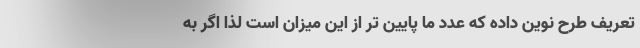
تعریف طرح نوین ‌داده که عدد ما پایین تر از این میزان است لذا اگر به